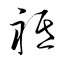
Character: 祗